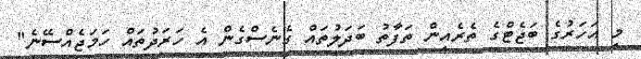
މި އަހަރުގެ ބަޖެޓްގެ ތެރެއިން ތަފާތު ބަދަލުތައް ގެނެސްގެން އެ ހަރަދުތައް ހަމަޖެއްސޭނެ"